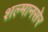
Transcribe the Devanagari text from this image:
शल्मानसेर